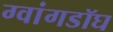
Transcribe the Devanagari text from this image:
ग्वांगडॉघ